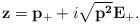
LaTeX: \begin{align*}{\bf z}={\bf p}_+ +i\sqrt{{\bf p^2}}{\bf E}_+.\end{align*}